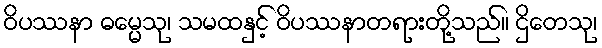
ဝိပဿနာ ဓမ္မေသု၊ သမထနှင့် ဝိပဿနာတရားတို့သည်။ ဌိတေသု၊